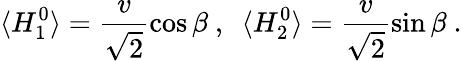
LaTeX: \langle H_{1}^{0}\rangle=\frac{v}{\sqrt 2}\cos\beta~,~~\langle H_{2}^{0}\rangle=\frac{v}{\sqrt 2}\sin\beta~.